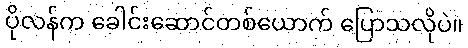
ပိုလန်က ခေါင်းဆောင်တစ်ယောက် ပြောသလိုပဲ။